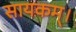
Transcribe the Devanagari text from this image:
सायकम्।